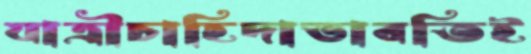
যাত্রীচাহিদাভাবতিই